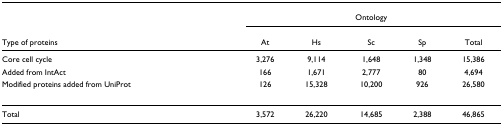
<table><thead><tr><td></td><td colspan="5"><b>Ontology</b></td></tr><tr><td><b>Type of proteins</b></td><td><b>At</b></td><td><b>Hs</b></td><td><b>Sc</b></td><td><b>Sp</b></td><td><b>Total</b></td></tr></thead><tbody><tr><td>Core cell cycle</td><td>3,276</td><td>9,114</td><td>1,648</td><td>1,348</td><td>15,386</td></tr><tr><td>Added from IntAct</td><td>166</td><td>1,671</td><td>2,777</td><td>80</td><td>4,694</td></tr><tr><td>Modified proteins added from UniProt</td><td>126</td><td>15,328</td><td>10,200</td><td>926</td><td>26,580</td></tr><tr><td>Total</td><td>3,572</td><td>26,220</td><td>14,685</td><td>2,388</td><td>46,865</td></tr></tbody></table>